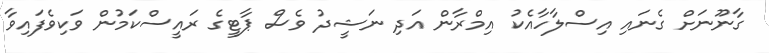
ގާނޫނަށް ގެނައި އިސްލާހާއެކު އިމްރާން އަދި ނަޝީދު ވެސް ޕާޓީގެ ރައީސްކަމުން ވަކިވެފައިވާ